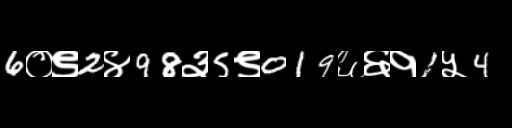
Text: 6०९2४98३5९019६६१1५4